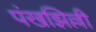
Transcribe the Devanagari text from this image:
पंखझिल्ली